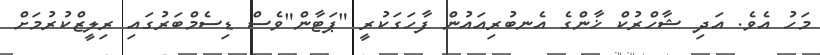
މަހު އެވެ. އަދި ޝާހްރުކް ޚާންގެ އެނބުރިއައުން ފާހަގަކުރީ "ޕަޓާން"ވެސް ޑިސެމްބަރުގައި ރިލީޒްކުރުމަށް